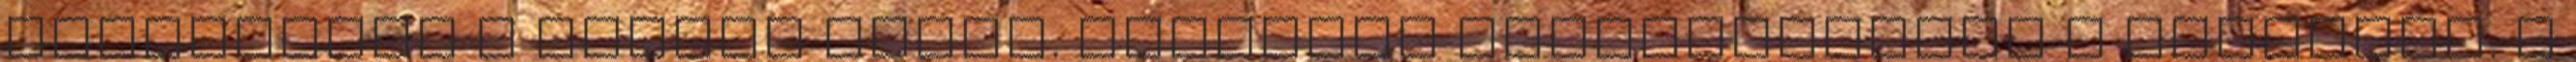
nyikorgott a léptei alatt. Óvatosan leereszkedett a kanapéra. A